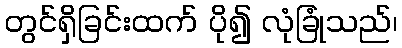
တွင်ရှိခြင်းထက် ပို၍ လုံခြုံသည်၊